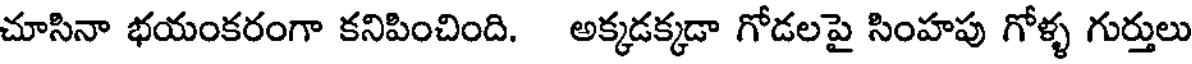
చూసినా భయంకరంగా కనిపించింది. అక్కడక్కడా గోడలపై సింహపు గోళ్ళ గుర్తులు